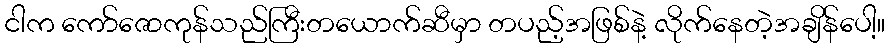
ငါက ကော်ဇောကုန်သည်ကြီးတယောက်ဆီမှာ တပည့်အဖြစ်နဲ့ လိုက်နေတဲ့အချိန်ပေါ့။